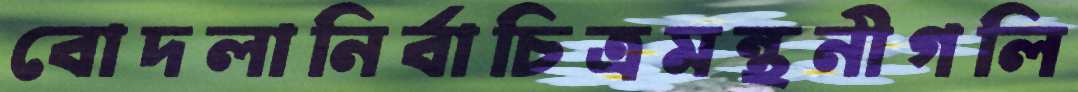
বোদলানির্বাচিত্রমন্থনীগলি